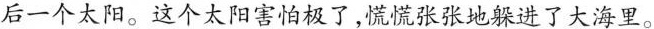
后一个太阳。这个太阳害怕极了，慌慌张张地躲进了大海里。